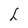
Character: L